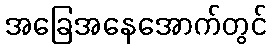
အခြေအနေအောက်တွင်